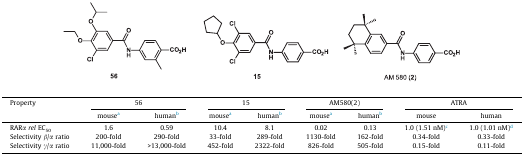
| <ROWSPAN=2> Property | <COLSPAN=2> 56 | <COLSPAN=2> 15 | <COLSPAN=2> AM580(2) | <COLSPAN=2> ATRA |
 | mousea | humanb | mousea | humanb | mousea | humanb | mouse | human |
 | --- | --- | --- | --- | --- | --- | --- | --- | --- |
 | RARα rel EC50 | 1.6 | 0.59 | 10.4 | 8.1 | 0.02 | 0.13 | 1.0 (1.51 nM)c | 1.0 (1.01 nM)d |
 | Selectivity β/α ratio | 200-fold | 290-fold | 33-fold | 289-fold | 1130-fold | 162-fold | 0.34-fold | 0.33-fold |
 | Selectivity γ/α ratio | 11,000-fold | >13,000-fold | 452-fold | 2322-fold | 826-fold | 505-fold | 0.15-fold | 0.11-fold |